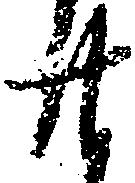
廿